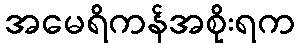
အမေရိကန်အစိုးရက